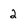
Character: 2